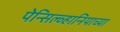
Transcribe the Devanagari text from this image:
पेन्सिल्व्हानियाच्या